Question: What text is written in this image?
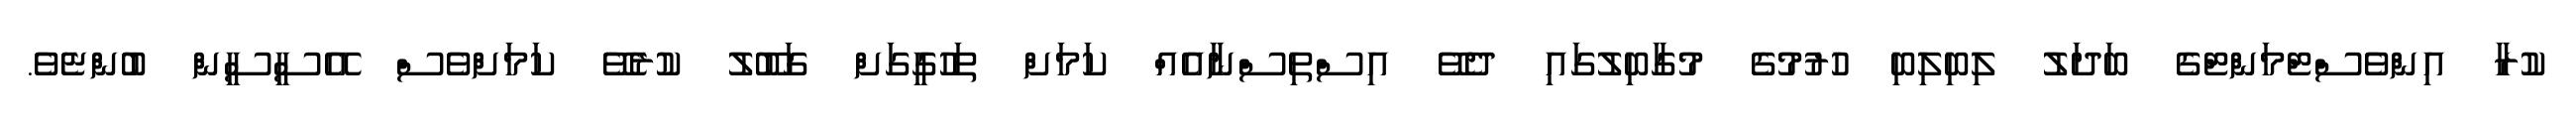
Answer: ކުރާ އިންވެސްޓްމަންޓްގެ ބަދަލު ލިބިލިބި ހުރުމުގެ މުގާބިލުގައި ދެވޭ އިސްތިސްނާއެއް ކަމަށް ތަހުގީގަށް ގަބޫލު ކުރެވޭ ކަމަށްވެސް އޭސީސީން ބުންޏެވެ.